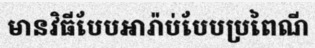
មានវិធីបែបអារ៉ាប់បែបប្រពៃណី